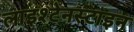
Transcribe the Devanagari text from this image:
लाइश्टेनस्टाइन